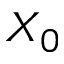
X _ { 0 }